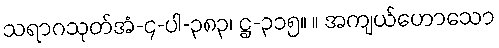
သရာဂသုတ်အံ-၄-ပါ-၃၈၃၊ ဋ္ဌ-၃၁၅။ ။ အကျယ်ဟောသော